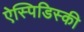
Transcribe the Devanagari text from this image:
ऐस्पिडिस्की